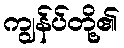
ကျွန်ပ်တို့၏